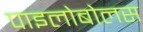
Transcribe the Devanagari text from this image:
पाइलोबोलस